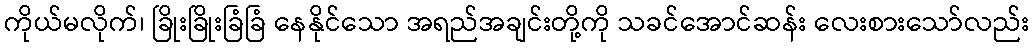
ကိုယ်မလိုက်၊ ခြိုးခြိုးခြံခြံ နေနိုင်သော အရည်အချင်းတို့ကို သခင်အောင်ဆန်း လေးစားသော်လည်း